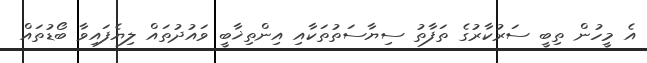
އެ މީހުން ތިބީ ސަރުކާރުގެ ތަފާތު ސިޔާސަތުތަކާއި އިންތިޚާބީ ވައުދުތައް ލިޔެފައިވާ ބޯޑުތައް